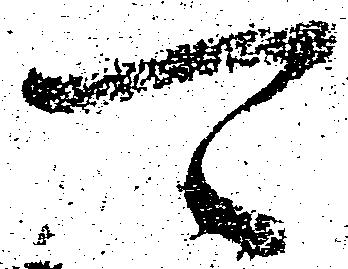
可